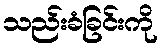
သည်းခံခြင်းကို